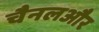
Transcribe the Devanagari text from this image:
चैनलऔर